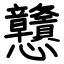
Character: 戇